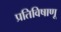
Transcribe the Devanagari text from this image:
प्रतिविषाणू